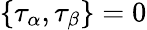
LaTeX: \{ \tau_{\alpha},\tau_{\beta}\} =0